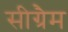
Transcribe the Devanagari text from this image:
सीग्रैम